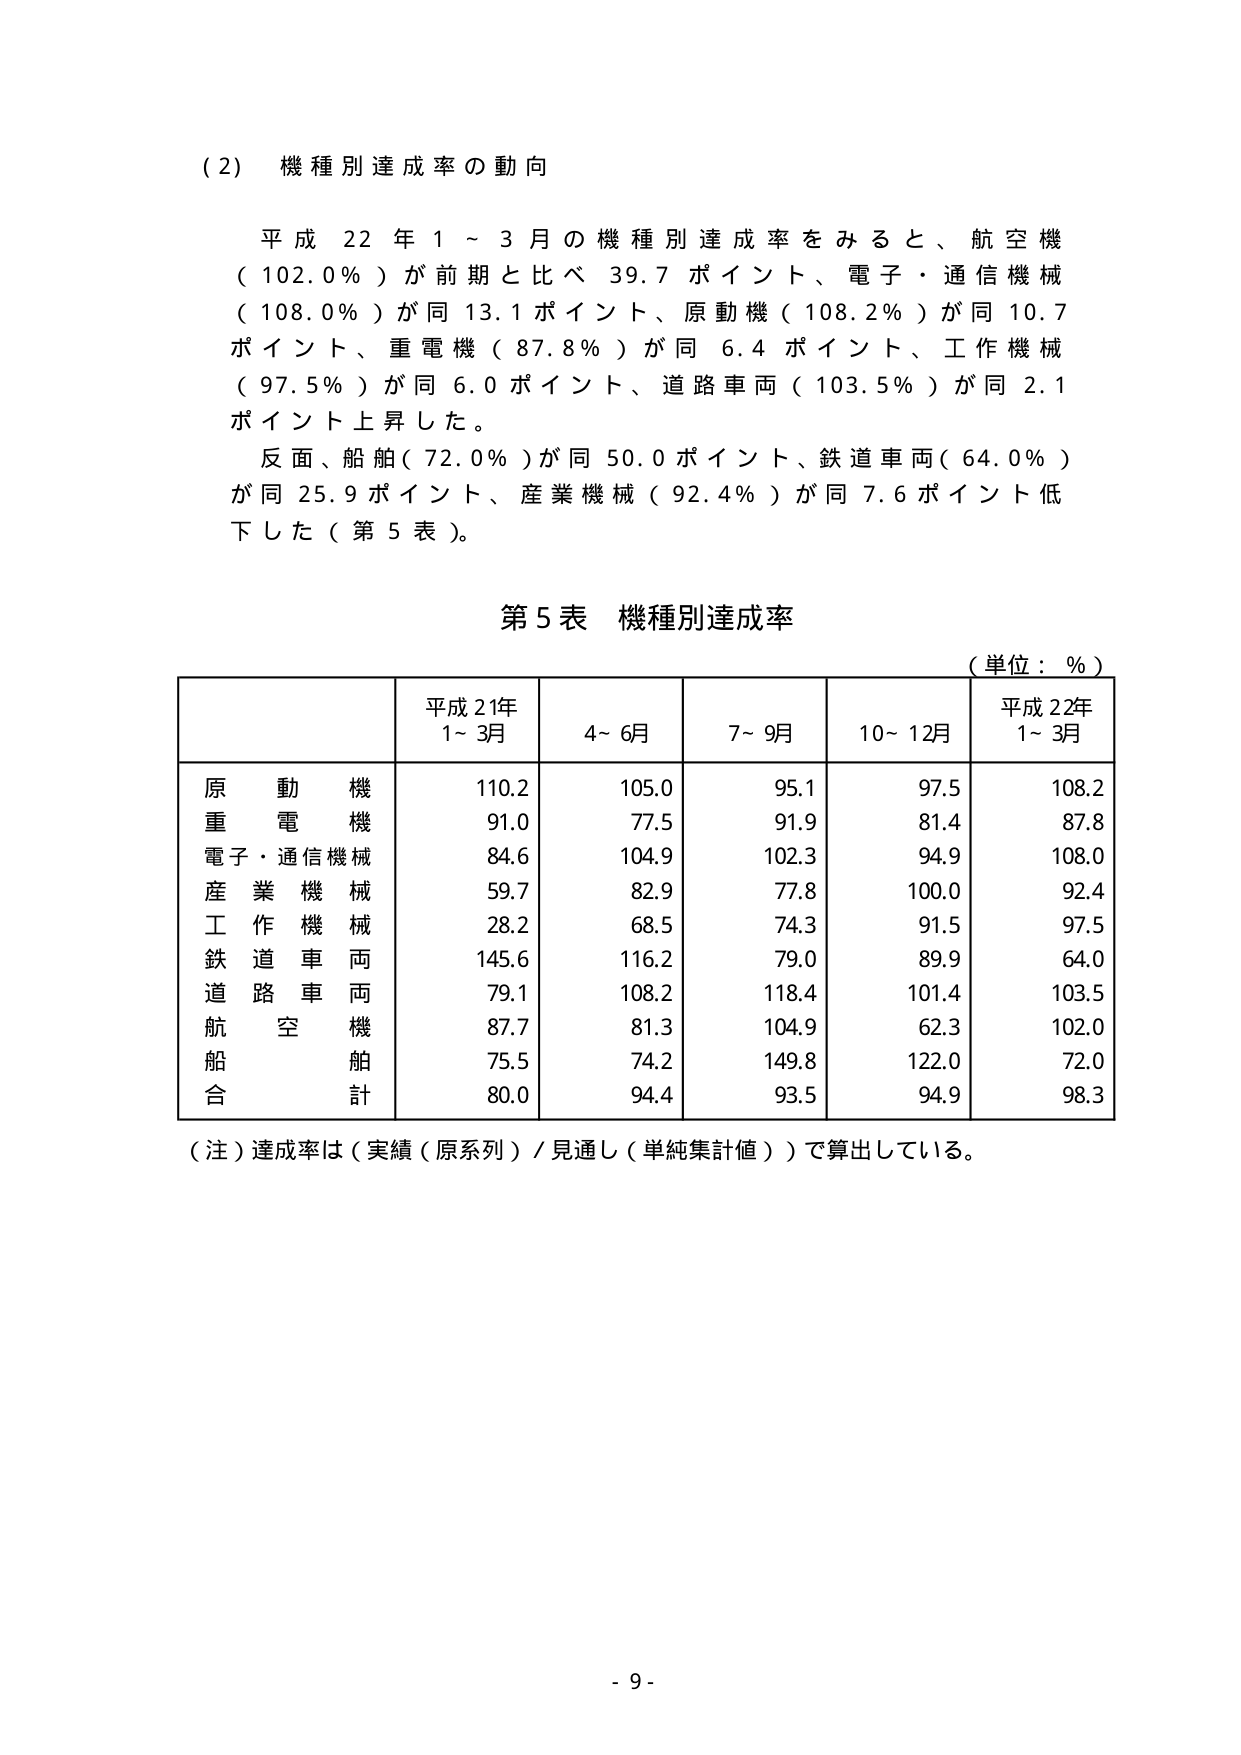
(2) 機種別達成率の動向

平成22年1～3月の機種別達成率をみると、航空機（102.0％）が前期と比べ39.7ポイント、電子・通信機械（108.0％）が同13.1ポイント、原動機（108.2％）が同10.7ポイント、重電機（87.8％）が同6.4ポイント、工作機械（97.5％）が同6.0ポイント、道路車両（103.5％）が同2.1ポイント上昇した。

反面、船舶（72.0％）が同50.0ポイント、鉄道車両（64.0％）が同25.9ポイント、産業機械（92.4％）が同7.6ポイント低下した（第5表）。

第5表 機種別達成率

（単位：％）

| | 平成21年1～3月 | 4～6月 | 7～9月 | 10～12月 | 平成22年1～3月 |
|---|---|---|---|---|---|
| 原動機 | 110.2 | 105.0 | 95.1 | 97.5 | 108.2 |
| 重電機 | 91.0 | 77.5 | 91.9 | 81.4 | 87.8 |
| 電子・通信機械 | 84.6 | 104.9 | 102.3 | 94.9 | 108.0 |
| 産業機械 | 59.7 | 82.9 | 77.8 | 100.0 | 92.4 |
| 工作機械 | 28.2 | 68.5 | 74.3 | 91.5 | 97.5 |
| 鉄道車両 | 145.6 | 116.2 | 79.0 | 89.9 | 64.0 |
| 道路車両 | 79.1 | 108.2 | 118.4 | 101.4 | 103.5 |
| 航空機 | 87.7 | 81.3 | 104.9 | 62.3 | 102.0 |
| 船舶 | 75.5 | 74.2 | 149.8 | 122.0 | 72.0 |
| 合計 | 80.0 | 94.4 | 93.5 | 94.9 | 98.3 |

（注）達成率は（実績（原系列）／見通し（単純集計値））で算出している。

- 9 -